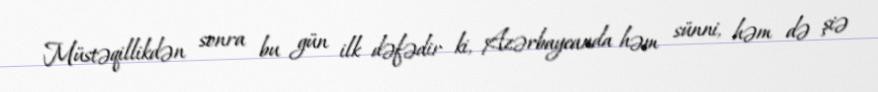
Müstəqillikdən sonra bu gün ilk dəfədir ki, Azərbaycanda həm sünni, həm də şiə